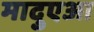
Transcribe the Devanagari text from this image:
मादुएआ